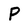
Character: P